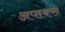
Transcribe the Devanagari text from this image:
अपाक्स